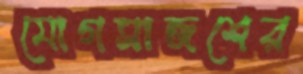
যোগসাজশের